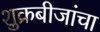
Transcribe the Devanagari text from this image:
शुक्रबीजांचा